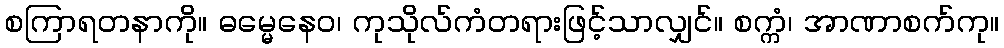
စကြာရတနာကို။ ဓမ္မေနေဝ၊ ကုသိုလ်ကံတရားဖြင့်သာလျှင်။ စက္ကံ၊ အာဏာစက်ကု။